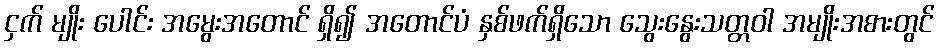
ငှက် မျိုး ပေါင်း အမွေးအတောင် ရှိ၍ အတောင်ပံ နှစ်ဖက်ရှိသော သွေးနွေးသတ္တဝါ အမျိုးအစားတွင်